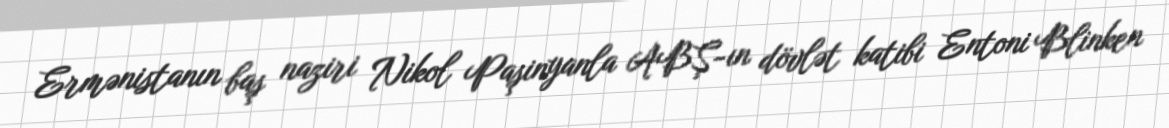
Ermənistanın baş naziri Nikol Paşinyanla ABŞ-ın dövlət katibi Entoni Blinken